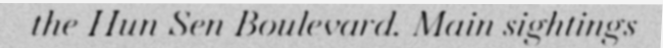
the Hun Sen Boulevard. Main sightings